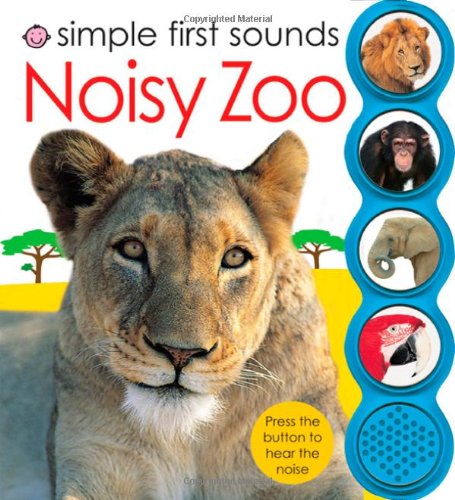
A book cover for Simple First Sounds Noisy Zoo; Roger Priddy; Children's Books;